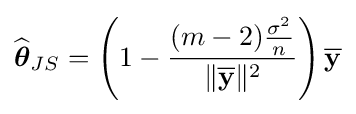
{\widehat {\boldsymbol {\theta }}}_{JS}=\left(1-{\frac {(m-2){\frac {\sigma ^{2}}{n}}}{\|{\overline {\mathbf {y} }}\|^{2}}}\right){\overline {\mathbf {y} }}